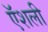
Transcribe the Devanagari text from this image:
ऍशली